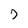
Character: 7